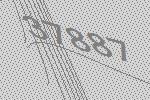
37887